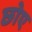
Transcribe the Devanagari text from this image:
छोए